Vaccination United Provinces of Agra and Oudh 1914-1922 - 1914-1922
Year: 1914
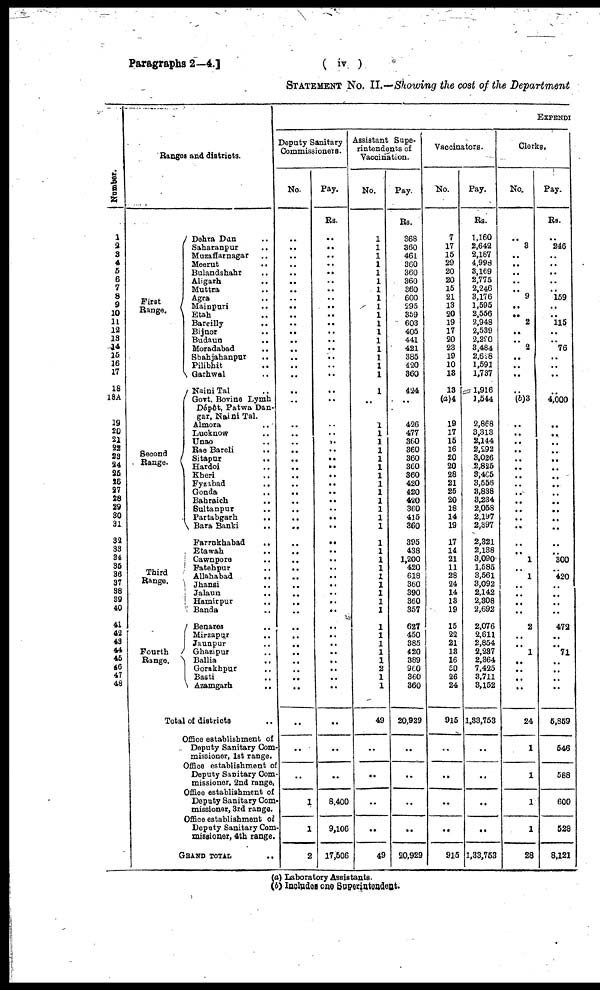
Paragraphs 2—4.]
( iv )
STATEMENT No. II.—Showing the cost of the Department
Number.
1
2
3
4
5
6
7
8
9
10
11
12
13
14
15
16
17
18
18A
19
20
21
22
23 24
25
26
27
28
29
30
31
32
33
34
35
36
37
38
39
40
41
42
43
44
45
46
47
48
Ranges and districts.
First
Range.
Second
Range.
Third
Range.
Fourth
Range.
Dehra Dun ..
Saharanpur
..
Muzaffarnagar ..
Meerut
..
Bulandshahr
..
Aligarh ..
Muttra ..
Agra ..
Mainpuri ..
Etah ..
Bareilly ..
Bijnor ..
Budaun
..
Moradabad ..
Shahjahanpur ..
Pilibhit ..
Garhwal ..
Naini Tal ..
Govt. Bovine Lymh
Dépôt, Patwa Dan¬
gar, Naini Tal.
Almora
..
Lucknow ..
Unao
..
Rae Bareli
..
Sitapur ..
Hardoi ..
Kheri ..
Fyzabad
..
Gonda
..
Bahraich
..
Bultanpur ..
Partabgarh
..
Bara Banki
..
Farrukhabad
..
Etawah
..
Cawnpore ..
Fatehpur
..
Allahabad
..
Jhansi ..
Jalaun ..
Hamirpur ..
Banda ..
Benares ..
Mirzapur
..
Jaunpur ..
Ghazipur ..
Ballia ..
Gorakhpur
..
Basti ..
Azamgarh
..
Total of districts ..
Office establishment of
Deputy Sanitary Com-
missioner, 1st range.
Office establishment of
Deputy Sanitary Com¬
missioner, 2nd range,
Office establishment of
Deputy Sanitary Com¬
missioner, 3rd range.
Office establishment of
Deputy Sanitary Com¬
missioner, 4th range.
GRAND TOTAL
..
EXPENDI
Deputy Sanitary
Commissioners.
No.
..
..
..
..
..
..
..
..
..
..
..
..
..
..
..
..
..
..
..
..
..
..
..
..
..
..
..
..
..
..
..
..
..
..
..
..
..
..
..
..
..
..
..
..
..
..
..
..
..
..
..
..
1
1
2
Pay.
Rs.
..
..
..
..
..
..
..
..
..
..
..
..
..
..
..
..
..
..
..
..
..
..
..
..
..
..
..
..
..
..
..
..
..
..
..
..
..
..
..
..
..
..
..
..
..
..
..
..
..
..
..
..
8,400
9,106
17,506
Assistant Supe-
rintendents of
Vaccination.
No.
..
..
..
..
..
..
..
..
..
..
..
..
..
..
..
..
..
1
..
..
..
..
..
..
..
..
..
..
..
..
..
..
..
..
..
..
..
..
..
..
..
..
..
..
..
..
..
..
..
49
..
..
..
..
49
Pay.
Rs.
368
360
461
360
360
360
360
600
295
359
603
405
441
421
385
420
360
424
..
426
477
360
360
360
360
360
420
420
420
360
415
360
395
438
1,200
420
618
360
390
360
357
627
450
385
420
389
960
360
360
20,929
..
..
..
..
20,929
Vaccinators.
No.
7
17
15
29
20
20
15
21
13
20
19
17
20
23
19
10
13
13
(a)4
19
17
15
16
20
20
28
21
25
20
18
14
19
17
14
21
11
28
24
14
13
19
15
22
21
13
16
50
26
24
915
..
..
..
..
915
Pay.
Rs.
1,160
2,642
2,187
4,998
3,169
2,775
2,246
3,176
1,595
2,556
2,948
2,539
2,290
3,484
2,628
1,591
1,737
1,916
1,544
2,868
3,313
2,144
2,292
3,026
2,825
8,465
3,556
3,838
3,234
2,058
2,197
2,397
2,321
2,138
3,090
1,585
3,561
3,092
2,142
2,308
2,692
2,076
2,611
2,854
2,237
2,364
7,425
3,711
3,152
1,33,753
..
..
..
..
1,33,753
Clerks.
No.
..
3
..
..
..
..
..
9
..
..
2
..
..
2
..
..
..
..
(b)3
..
..
..
..
..
..
..
..
..
..
..
..
..
..
..
1
..
1
..
..
..
..
2
..
..
1
..
..
..
..
24
1
1
1
1
28
Pay.
Rs.
..
246
..
..
..
..
..
159
..
..
115
..
..
76
..
..
..
..
4,000
..
..
..
..
..
..
..
..
..
..
..
..
..
..
..
300
..
420
..
..
..
..
472
..
..
71
..
..
..
..
5,859
546
588
600
528
8,121
(a) Laboratory Assistants.
(b) Includes one Superintendent.